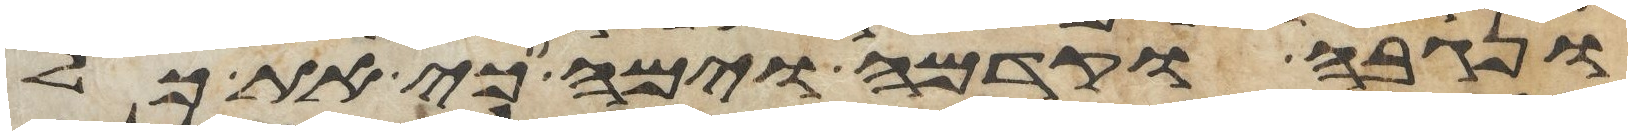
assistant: ונגבה וקדמה וימה כי את כל